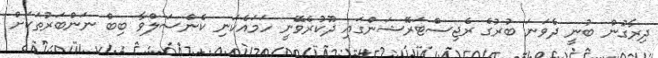
ދިރާގުން ބުނީ ދެވަނަ ބުރުގެ ރެޖިސްޓަރޭޝަންގައި ދޫކުރެވޭނީ ހަމައެކަނި ކެންސަލްވާ ބިބް ނަންބަރުތަކަށް